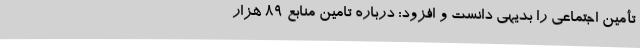
تأمین اجتماعی را بدیهی دانست و افزود: درباره تامین منابع ۸۹ هزار